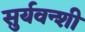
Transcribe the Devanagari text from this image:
सुर्यवन्शी